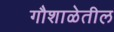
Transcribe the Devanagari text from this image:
गौशाळेतील